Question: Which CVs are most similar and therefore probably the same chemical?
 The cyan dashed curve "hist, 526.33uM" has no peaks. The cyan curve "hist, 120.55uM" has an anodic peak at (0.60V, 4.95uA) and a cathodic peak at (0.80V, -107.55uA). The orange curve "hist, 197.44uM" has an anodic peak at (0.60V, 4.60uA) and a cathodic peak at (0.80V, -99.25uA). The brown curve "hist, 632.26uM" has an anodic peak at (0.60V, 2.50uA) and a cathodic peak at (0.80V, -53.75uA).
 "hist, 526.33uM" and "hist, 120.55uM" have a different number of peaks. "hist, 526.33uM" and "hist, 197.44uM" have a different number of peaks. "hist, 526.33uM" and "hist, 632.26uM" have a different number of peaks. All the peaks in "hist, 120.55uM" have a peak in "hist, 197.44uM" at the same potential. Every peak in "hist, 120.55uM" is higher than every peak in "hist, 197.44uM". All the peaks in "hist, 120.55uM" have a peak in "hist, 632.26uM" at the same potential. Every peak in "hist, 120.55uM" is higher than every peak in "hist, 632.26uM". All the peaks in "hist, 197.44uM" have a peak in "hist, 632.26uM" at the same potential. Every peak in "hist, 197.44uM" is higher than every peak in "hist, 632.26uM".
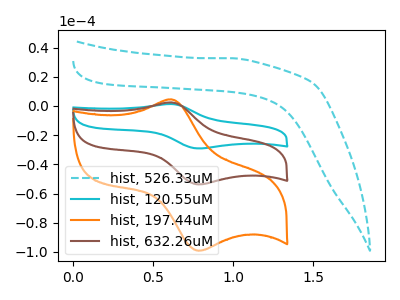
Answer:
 <answer>"hist, 197.44uM", "hist, 120.55uM" and "hist, 632.26uM" have the same shape and are likely CV's of the same chemical.</answer>
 <eval>"hist, 197.44uM" "hist, 120.55uM" "hist, 632.26uM"</eval>